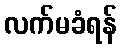
လက်မခံရန်